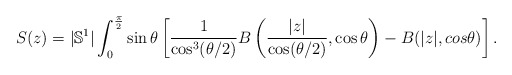
\begin{align*}S(z) = |\mathbb{S}^1| \int_{0}^{\frac \pi 2} \sin \theta \left[ \frac 1 {\cos^3(\theta/2)} B\left(\frac {|z|} {\cos (\theta/2)} , \cos \theta \right) - B(|z|, cos \theta) \right].\end{align*}